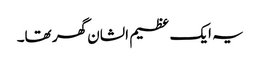
یہ ایک عظیم الشان گھر تھا۔